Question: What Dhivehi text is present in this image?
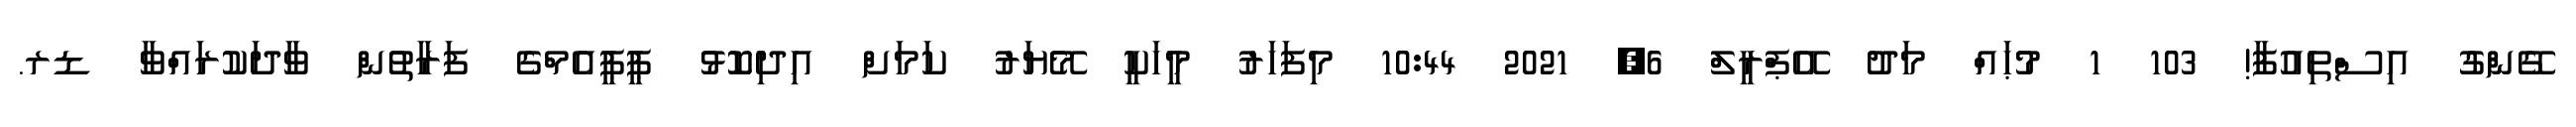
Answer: ގޭންގު އިސްތިއުފާ! 103 1 މުޙައް މަދު އޭޕްރީލް 6, 2021 10:44 މިފަހަރު މީހަކީ މޭޔަރު ކަމަށް އިދިކޮޅު ޕީޕީއެމްގެ ފަރާތުން ވާދަކުރައްވާ ޑރ.